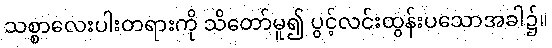
သစ္စာလေးပါးတရားကို သိတော်မူ၍ ပွင့်လင်းထွန်းပသောအခါ၌။